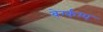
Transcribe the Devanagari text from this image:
बेर्ग्कम्प